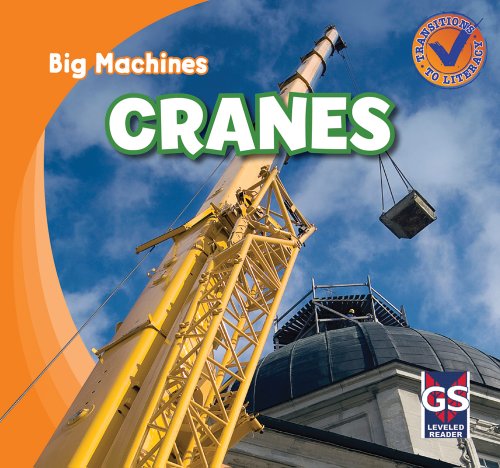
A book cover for Cranes (Big Machines); Katie Kawa; Children's Books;